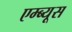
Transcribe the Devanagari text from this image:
एम्ब्यूस